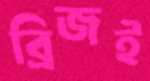
ব্রিজই